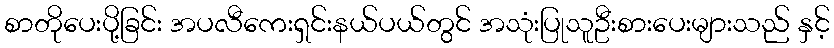
စာတိုပေးပို့ခြင်း အပလီကေးရှင်းနယ်ပယ်တွင် အသုံးပြုသူဦးစားပေးများသည် နှင့်